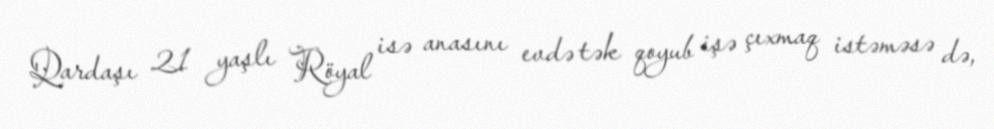
Qardaşı 21 yaşlı Röyal isə anasını evdə tək qoyub işə çıxmaq istəməsə də,